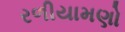
રળીયામણો